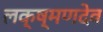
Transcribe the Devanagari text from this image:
लक्ष्‍मणदेव